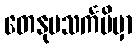
တေနုပသင်္ကမိမှာ